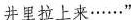
井里拉上来……”